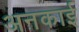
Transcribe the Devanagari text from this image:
अनकाई